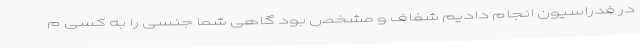
در فدراسیون انجام دادیم شفاف و مشخص بود گاهی شما جنسی را به کسی م